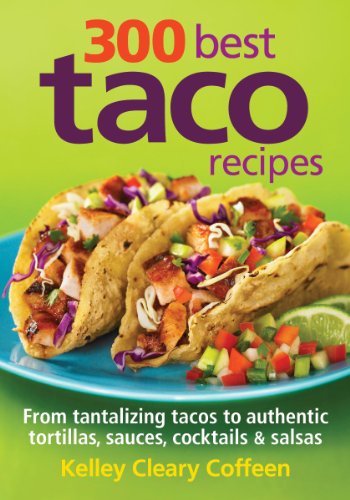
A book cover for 300 Best Taco Recipes: From Tantalizing Tacos to Authentic Tortillas, Sauces, Cocktails and Salsas; Kelley Coffeen; Cookbooks, Food & Wine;